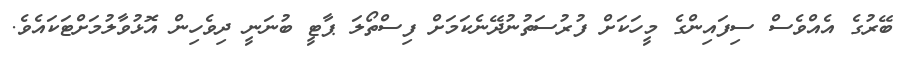
ބޭރުގެ އެއްވެސް ސިފައިންގެ މީހަކަށް ފުރުސަތުނުދޭނެކަމަށް ފިސްތޯލަ ޕާޓީ ބުނަނީ ދިވެހިން އޮޅުވާލުމަށްޓަކައެވެ.